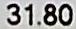
31.80